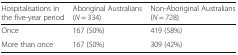
<table><thead><tr><td><b>Hospitalisations in the five-year period</b></td><td><b>Aboriginal Australians(<i>N</i> = 334)</b></td><td><b>Non-Aboriginal Australians(<i>N</i> = 728)</b></td></tr></thead><tbody><tr><td>Once</td><td>167 (50%)</td><td>419 (58%)</td></tr><tr><td>More than once</td><td>167 (50%)</td><td>309 (42%)</td></tr></tbody></table>